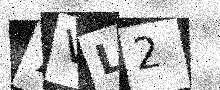
Text: 7VL2